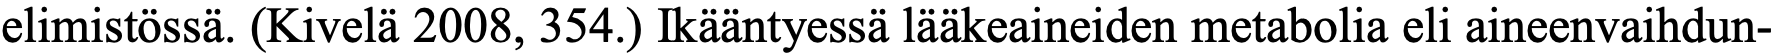
elimistössä. (Kivelä 2008, 354.) Ikääntyessä lääkeaineiden metabolia eli aineenvaihdun-